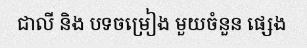
ជាលី និង បទចម្រៀង មួយចំនួន ផ្សេង